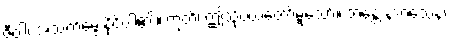
ဇီဝါ၊ အသက်မွေးနိုင်ပါ၏။ ဣတိ၊ ဤသို့ပယ်တော်မူသော်။ ဘန္တေ နာဂသေန၊